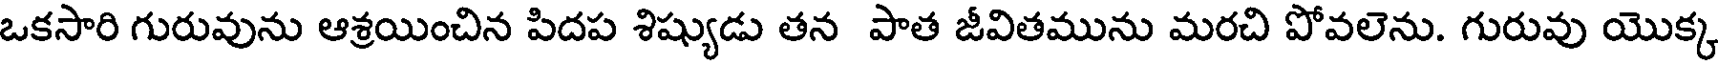
ఒకసారి గురువును ఆశ్రయించిన పిదప శిష్యుడు తన పాత జీవితమును మరచి పోవలెను. గురువు యొక్క